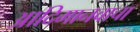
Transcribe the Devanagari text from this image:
आदिमानवाचा